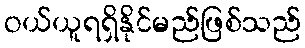
ဝယ်ယူရရှိနိုင်မည်ဖြစ်သည်